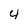
Character: 4